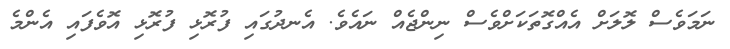
ނަމަވެސް ލޮލަށް އެއްގޮތަކަށްވެސް ނިންޖެއް ނައެވެ. އެނދުގައި ފުރޮޅި ފުރޮޅި އޮވެފައި އެންމެ